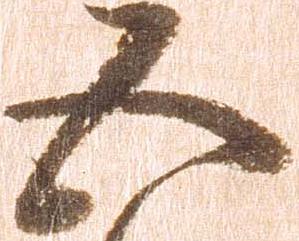
五